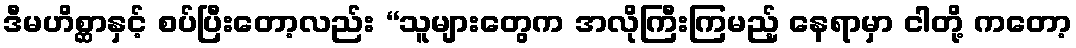
ဒီမဟိစ္ဆာနှင့် စပ်ပြီးတော့လည်း “သူများတွေက အလိုကြီးကြမည့် နေရာမှာ ငါတို့ ကတော့